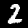
Label: 2